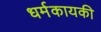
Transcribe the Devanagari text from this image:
धर्मकायकी